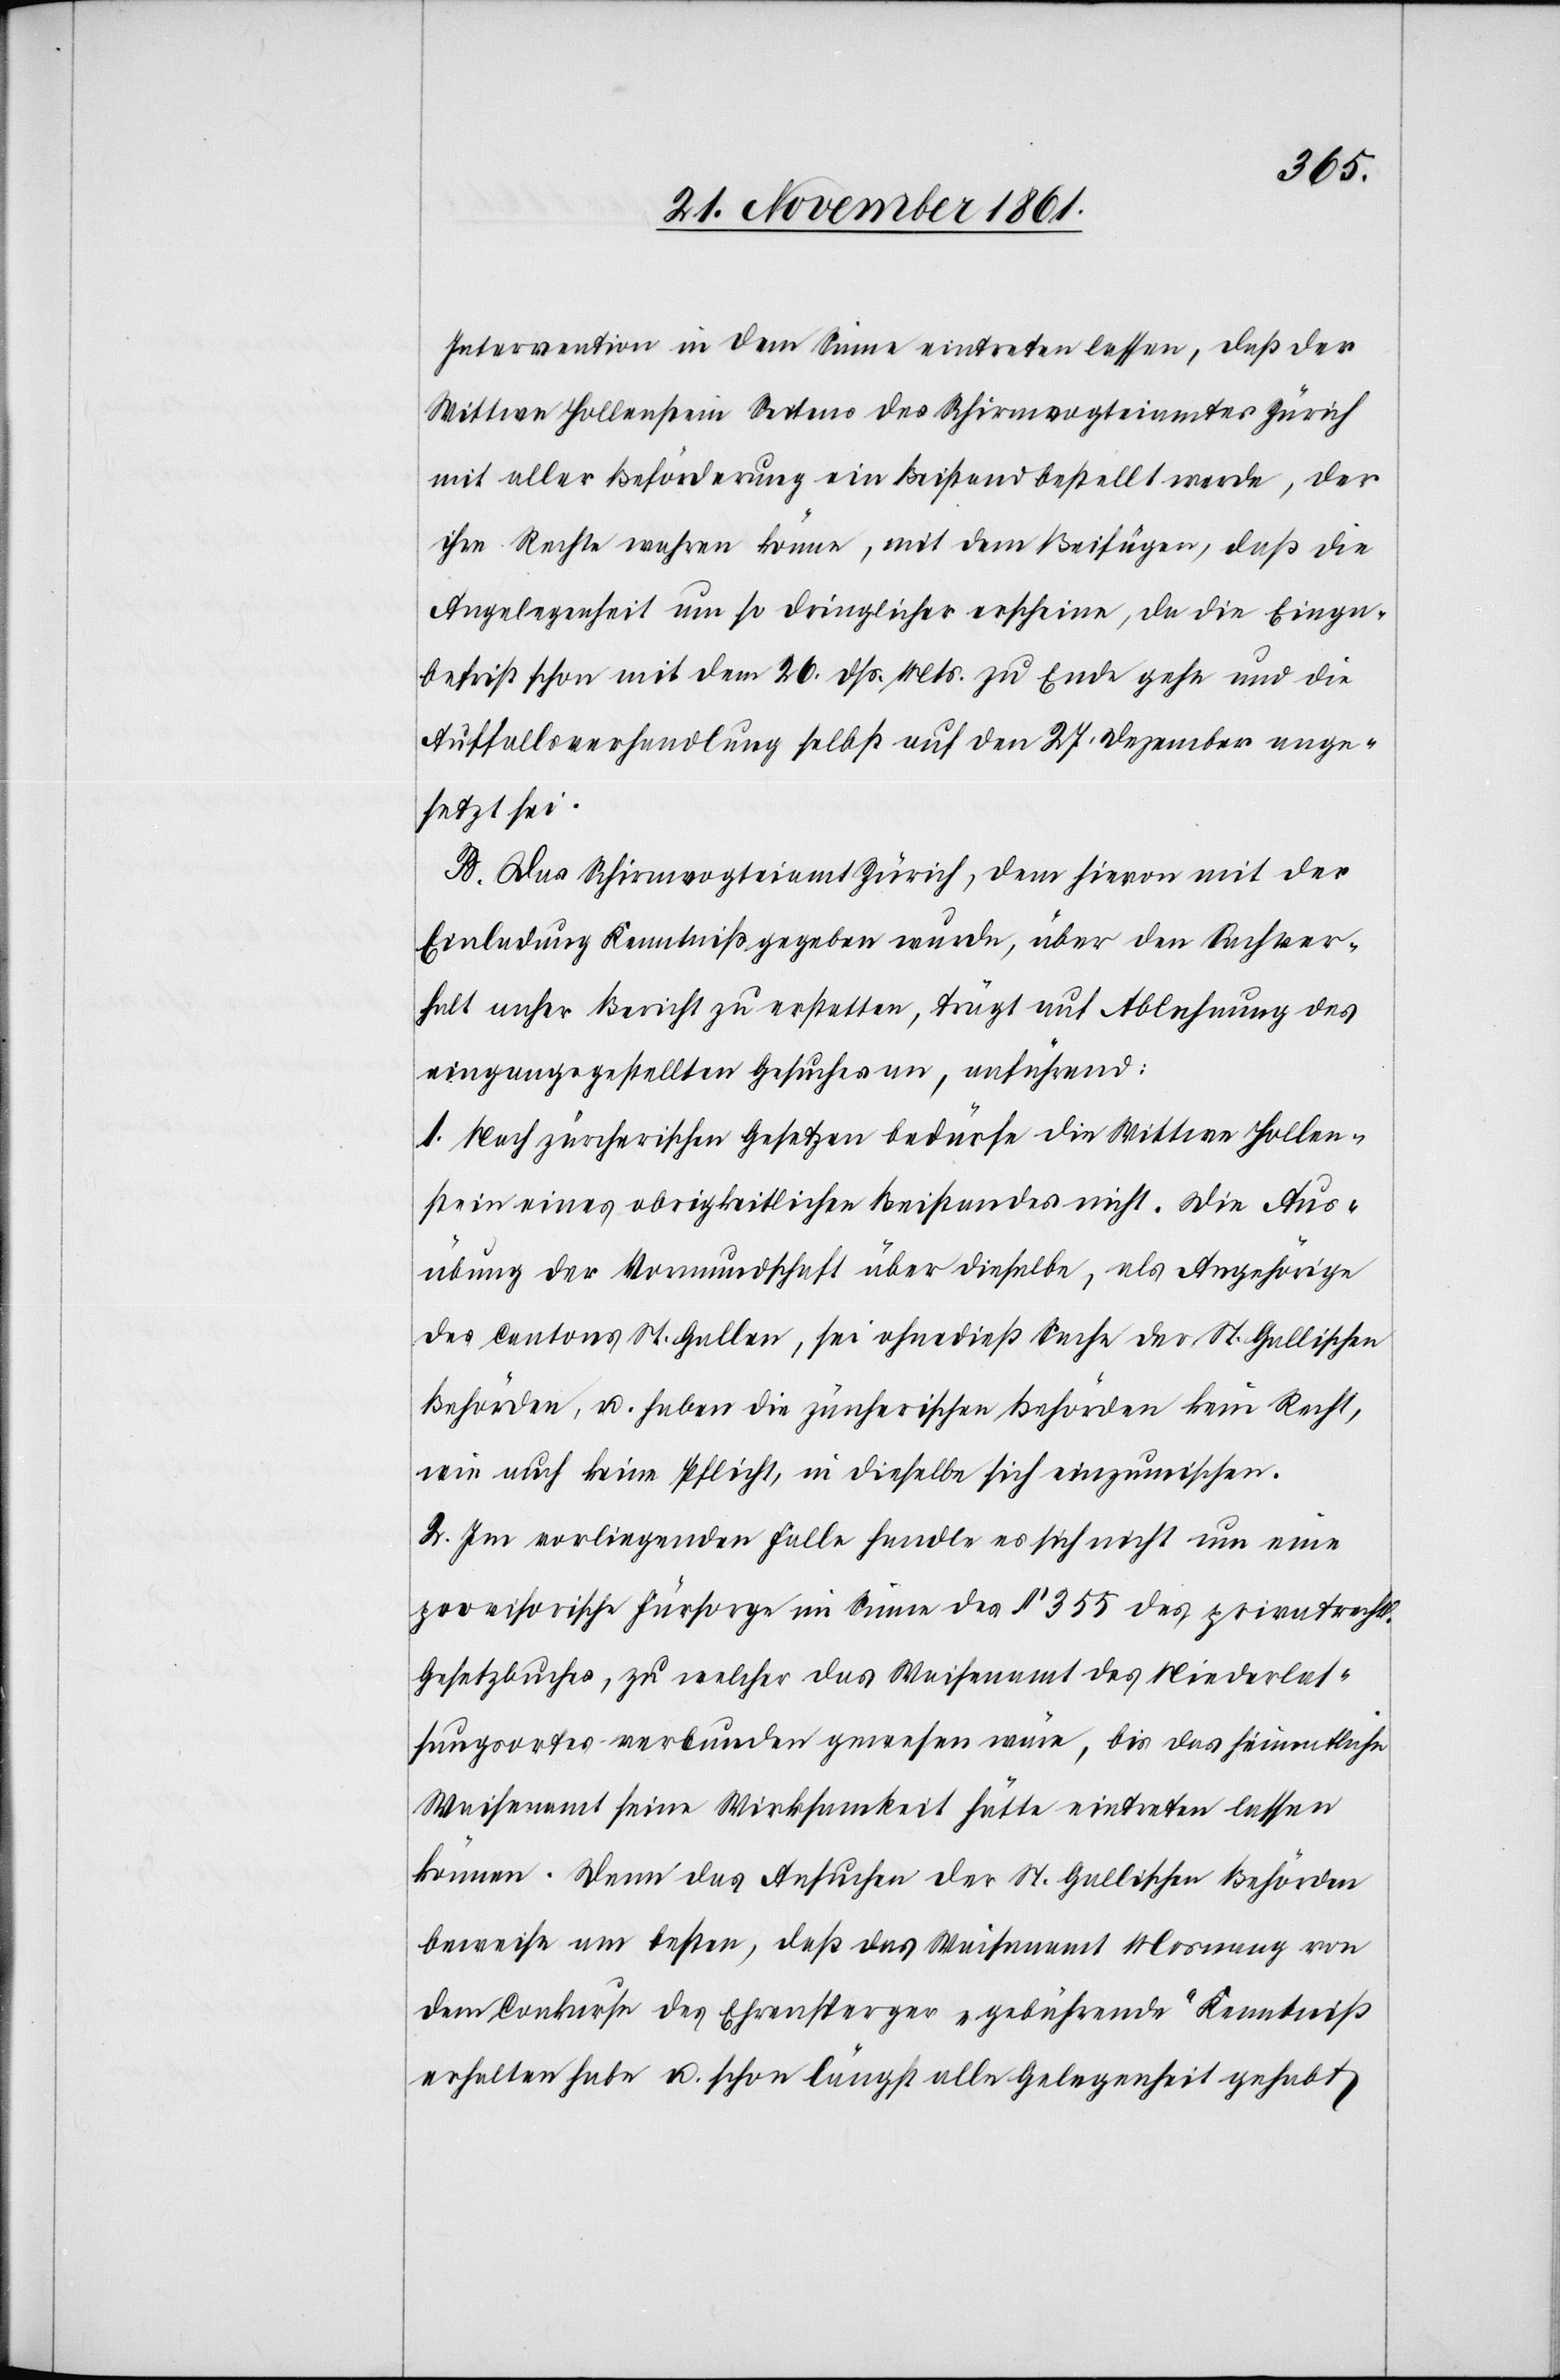
Intervention in dem Sinne eintreten lassen, daß der
Wittwe Hollenstein Seitens des Schirmvogteiamtes Zürich
mit aller Beförderung ein Beistand bestellt werde, der
ihre Rechte wahren könne, mit dem Beifügen, daß die
Angelegenheit um so dringlicher erscheine, da die Einga¬
befrist mit dem 26 dß. Mts. zu Ende gehe und die
Auffallsverhandlung selbst auf den 27 Dezember ange¬
setzt sei.
B. Das Schirmvogteiamt Zürich, dem hievon mit der
Einladung Kenntniß gegeben wurde, über den Sachver¬
halt anher Bericht zu erstatten, trägt mit Ablehnung des
eingangs gestellten Gesuches an, anführend:
1. Nach zürcherischen Gesetzen bedürfe die Wittwe Hollen¬
stein eines obrigkeitlichen Beistandes nicht. Die Aus¬
übung der Vormundschaft über dieselbe, als Angehörige
des Cantons St. Gallen, sei ohnedieß Sache der St. Gallischen
Behörden, u. haben die zürcherischen Behörden kein Recht,
wie auch keine Pflicht, in dieselbe sich einzumischen.
2. Im vorliegenden Falle handle es sich nicht um eine
provisorische Fürsorge im Sinne des § 355 des privatrechtl.
Gesetzbuches, zu welcher das Waisenamt des Niederlas¬
sungsortes verbunden gewesen wäre, bis das heimatliche
Waisenamt seine Wirksamkeit hätte eintreten lassen
können. Denn das Ansuchen der St. Gallischen Behörden
beweise am besten, daß das Waisenamt Mosnang von
dem Conkurse des Ehrensperger „gebührende“ Kenntniß
erhalten habe u. schon längst alle Gelegenheit gehabt